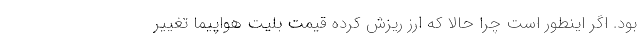
بود. اگر اینطور است چرا حالا که ارز ریزش کرده قیمت بلیت هواپیما تغییر